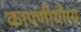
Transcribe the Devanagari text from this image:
कापणीयोग्य